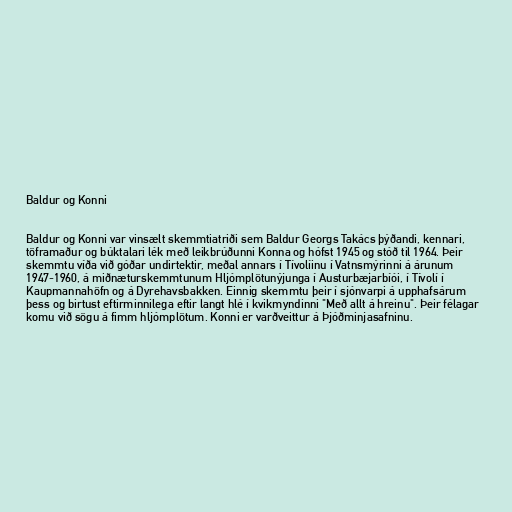
Baldur og Konni

Baldur og Konni var vinsælt skemmtiatriði sem Baldur Georgs Takács þýðandi, kennari,
töframaður og búktalari lék með leikbrúðunni Konna og hófst 1945 og stóð til 1964. Þeir
skemmtu víða við góðar undirtektir, meðal annars í Tívolíinu í Vatnsmýrinni á árunum
1947-1960, á miðnæturskemmtunum Hljómplötunýjunga í Austurbæjarbíói, í Tívolí í
Kaupmannahöfn og á Dyrehavsbakken. Einnig skemmtu þeir í sjónvarpi á upphafsárum
þess og birtust eftirminnilega eftir langt hlé í kvikmyndinni "Með allt á hreinu". Þeir félagar
komu við sögu á fimm hljómplötum. Konni er varðveittur á Þjóðminjasafninu.